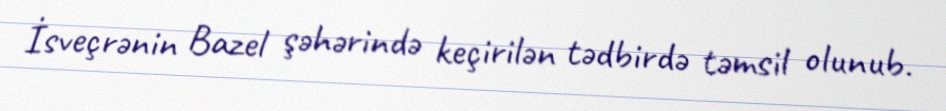
İsveçrənin Bazel şəhərində keçirilən tədbirdə təmsil olunub.